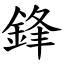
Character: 鋒